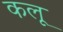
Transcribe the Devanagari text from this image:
कलू